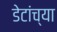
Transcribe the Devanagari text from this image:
डेटांच्या